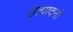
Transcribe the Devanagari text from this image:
उत्पादनो